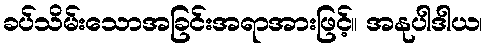
ခပ်သိမ်းသောအခြင်းအရာအားဖြင့်။ အနုပါဒါယ၊